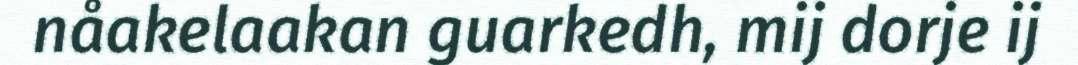
nåakelaakan guarkedh, mij dorje ij